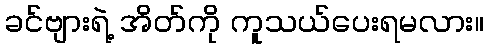
ခင်ဗျားရဲ့ အိတ်ကို ကူသယ်ပေးရမလား။